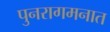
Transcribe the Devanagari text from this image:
पुनरागमनात